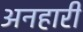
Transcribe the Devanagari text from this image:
अनहारी